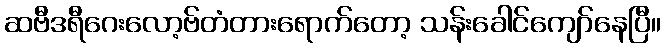
ဆဗီဒရီဂေးလော့ဗ်တံတားရောက်တော့ သန်းခေါင်ကျော်နေပြီ။